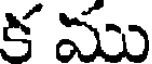
క ము